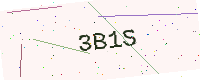
Text: 3B1S